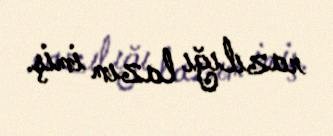
razılığı lazım imiş.